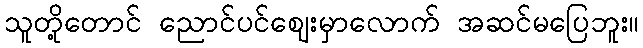
သူတို့တောင် ညောင်ပင်ဈေးမှာလောက် အဆင်မပြေဘူး။